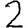
Digit: 2